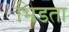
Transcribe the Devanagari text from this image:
भिडता